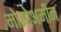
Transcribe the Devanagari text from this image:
मोनोअमीन